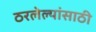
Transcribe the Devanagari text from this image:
ठरलेल्यांसाठी